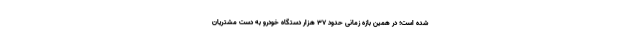
شده است؛ در همین بازه زمانی حدود ۳۷ هزار دستگاه خودرو به دست مشتریان